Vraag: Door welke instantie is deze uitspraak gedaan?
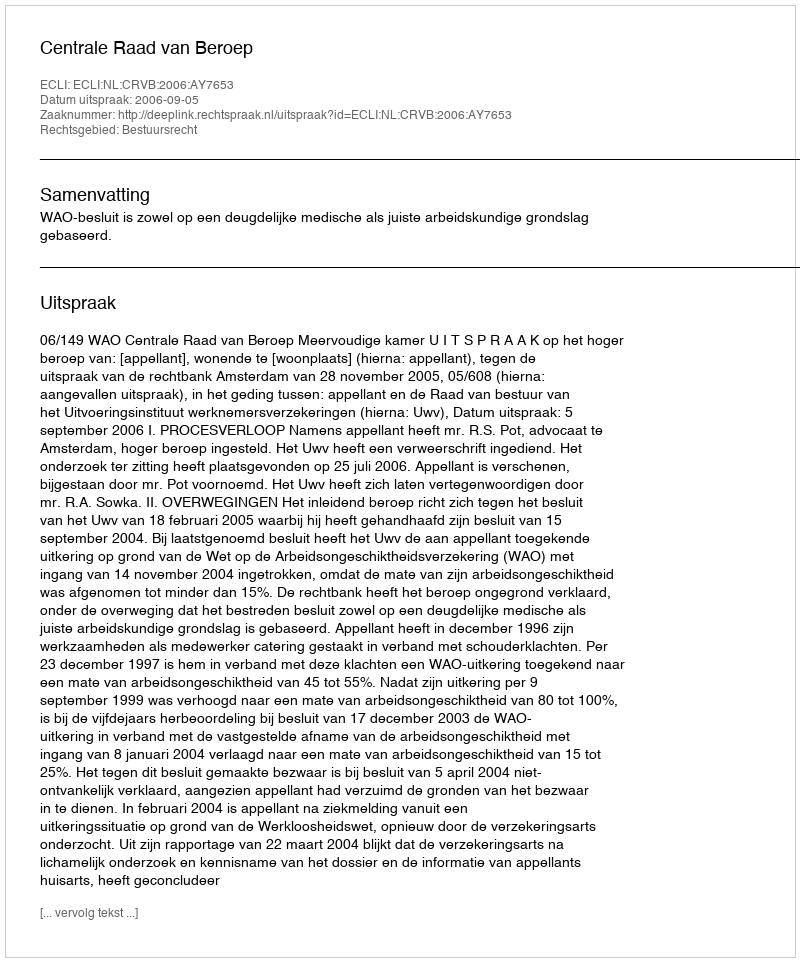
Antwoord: Centrale Raad van Beroep